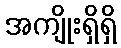
အကျိုးရှိရှိ